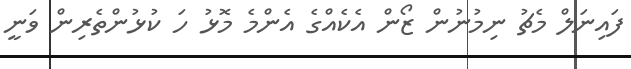
ފައިނަލް މެޗު ނިމުނުން ޒޯން އެކެއްގެ އެންމެ މޮޅު ހަ ކުޅުންތެރިން ވަނީ